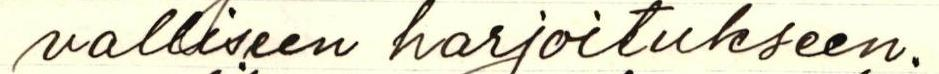
valliseen harjoitukseen.